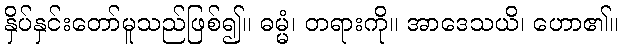
နှိပ်နှင်းတော်မူသည်ဖြစ်၍။ ဓမ္မံ၊ တရားကို။ အာဒေသယိ၊ ဟော၏။